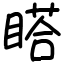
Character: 𥉌